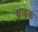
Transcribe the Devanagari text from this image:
श्राइक